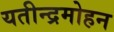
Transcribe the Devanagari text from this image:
यतीन्द्रमोहन